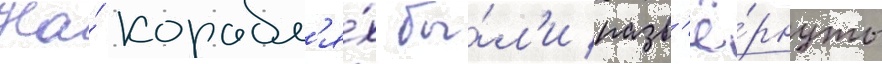
На́ корабл'я́х бы́л'и разв'ё́рнуты